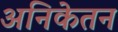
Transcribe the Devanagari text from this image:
अनिकेतन